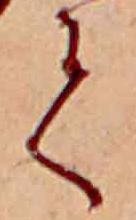
て